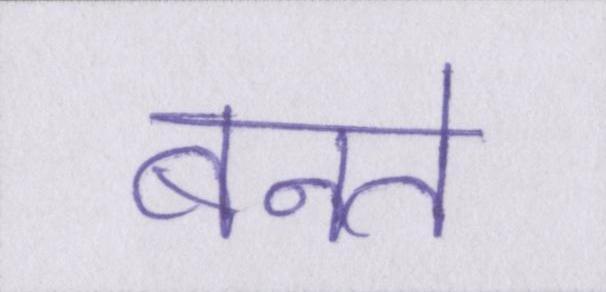
बनते